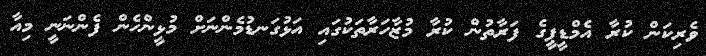
ވެރިކަން ކުރާ އެމްޑީޕީގެ ފަރާތުން ކުރާ މުޒާހަރާތަކުގައި އަޅުގަނޑުމެންނަށް މުޅީންހެން ފެންނަނީ މިއާ